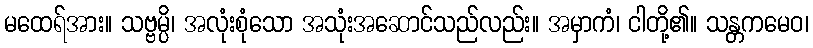
မထေရ်အား။ သဗ္ဗမ္ပိ၊ အလုံးစုံသော အသုံးအဆောင်သည်လည်း။ အမှာကံ၊ ငါတို့၏။ သန္တကမေဝ၊